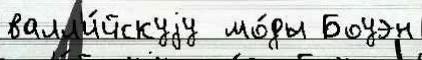
валл'и́йскуjу  мо́ды Боуэн